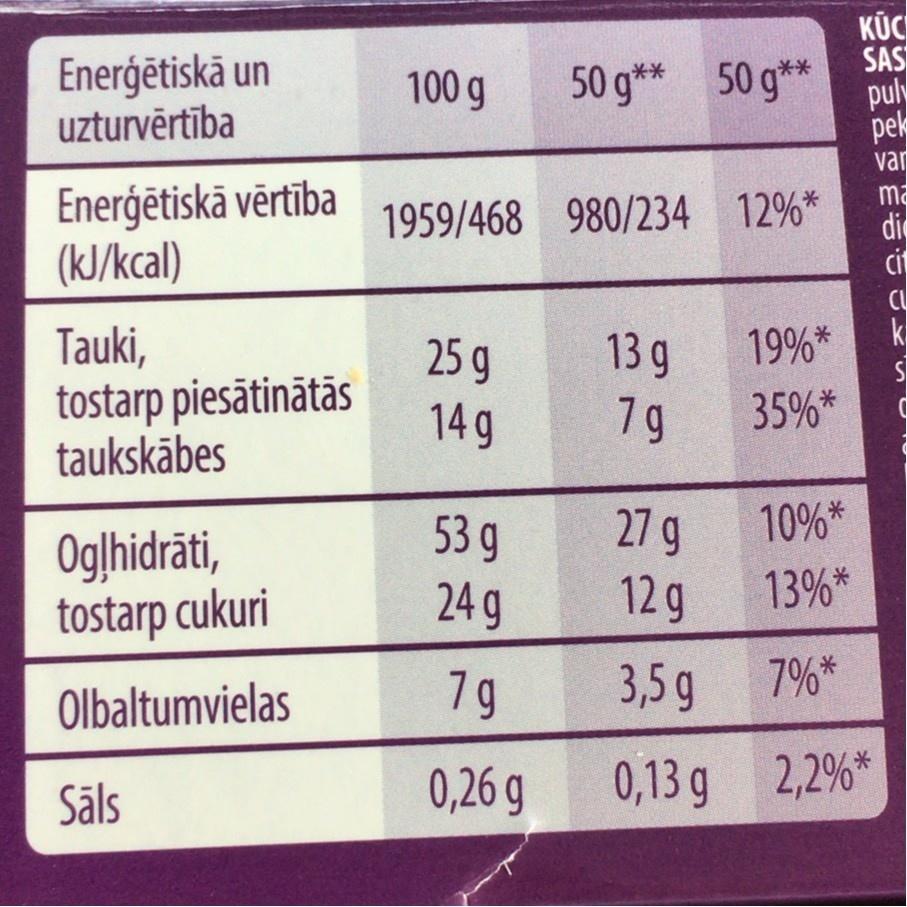
KÜC
Enerģētiskā un uzturvērtība
50 g** 50 g** SAS
100 g
pul
pek var
Enerģētiskā vērtība (kJ/kcal)
ma 1959/468 980/234 12%* di
ci CU
Tauki, tostarp piesātinātās taukskābes
25 g 14 g
13g
19%* S
k
7 g
35%*
10%*
Ogļhidrāti, tostarp cukuri
53 g 24 g
27 g 12g
13%*
Olbaltumvielas
7g
3,5 g
7%*
Sāls
0,26 g
0,13 g 2,2%*